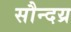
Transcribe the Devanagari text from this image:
सौन्दय्र